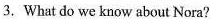
3.What do we know about Nora?